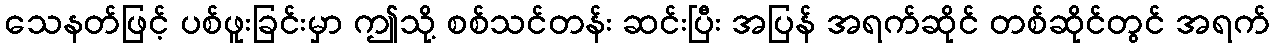
သေနတ်ဖြင့် ပစ်ဖူးခြင်းမှာ ဤသို့ စစ်သင်တန်း ဆင်းပြီး အပြန် အရက်ဆိုင် တစ်ဆိုင်တွင် အရက်